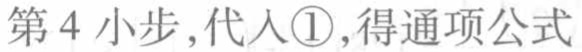
第4小步,代入\textcircled{1},得通项公式